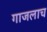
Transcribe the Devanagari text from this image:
गाजलाच